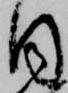
目